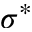
\sigma ^ { * }